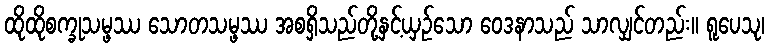
ထိုထိုစက္ခုသမ္ဖဿ သောတသမ္ဖဿ အစရှိသည်တို့နှင့်ယှဉ်သော ဝေဒနာသည် သာလျှင်တည်း။ ရူပေသု၊